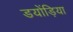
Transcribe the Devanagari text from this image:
डयोंड़िया